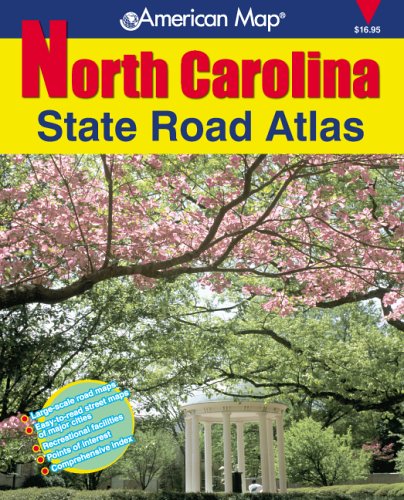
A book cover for American Map North Carolina State Road Atlas (American Map Regional Atlas: North Carolina State Road); Travel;